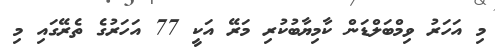
މި އަހަރު ވިމްބަލްޑަން ކާމިޔާބުކުރި މަރޭ އަކީ 77 އަހަރުގެ ތެރޭގައި މި